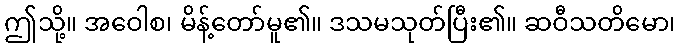
ဤသို့။ အဝေါစ၊ မိန့်တော်မူ၏။ ဒသမသုတ်ပြီး၏။ ဆဝီသတိမော၊